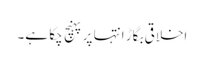
اخلاقی بگاڑ انتہا پر پہنچ چکا ہے۔